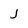
Character: j